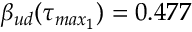
\beta _ { u d } ( \tau _ { m a x _ { 1 } } ) = 0 . 4 7 7